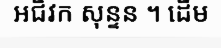
អជិវក សុន្ទន ។ ដើម